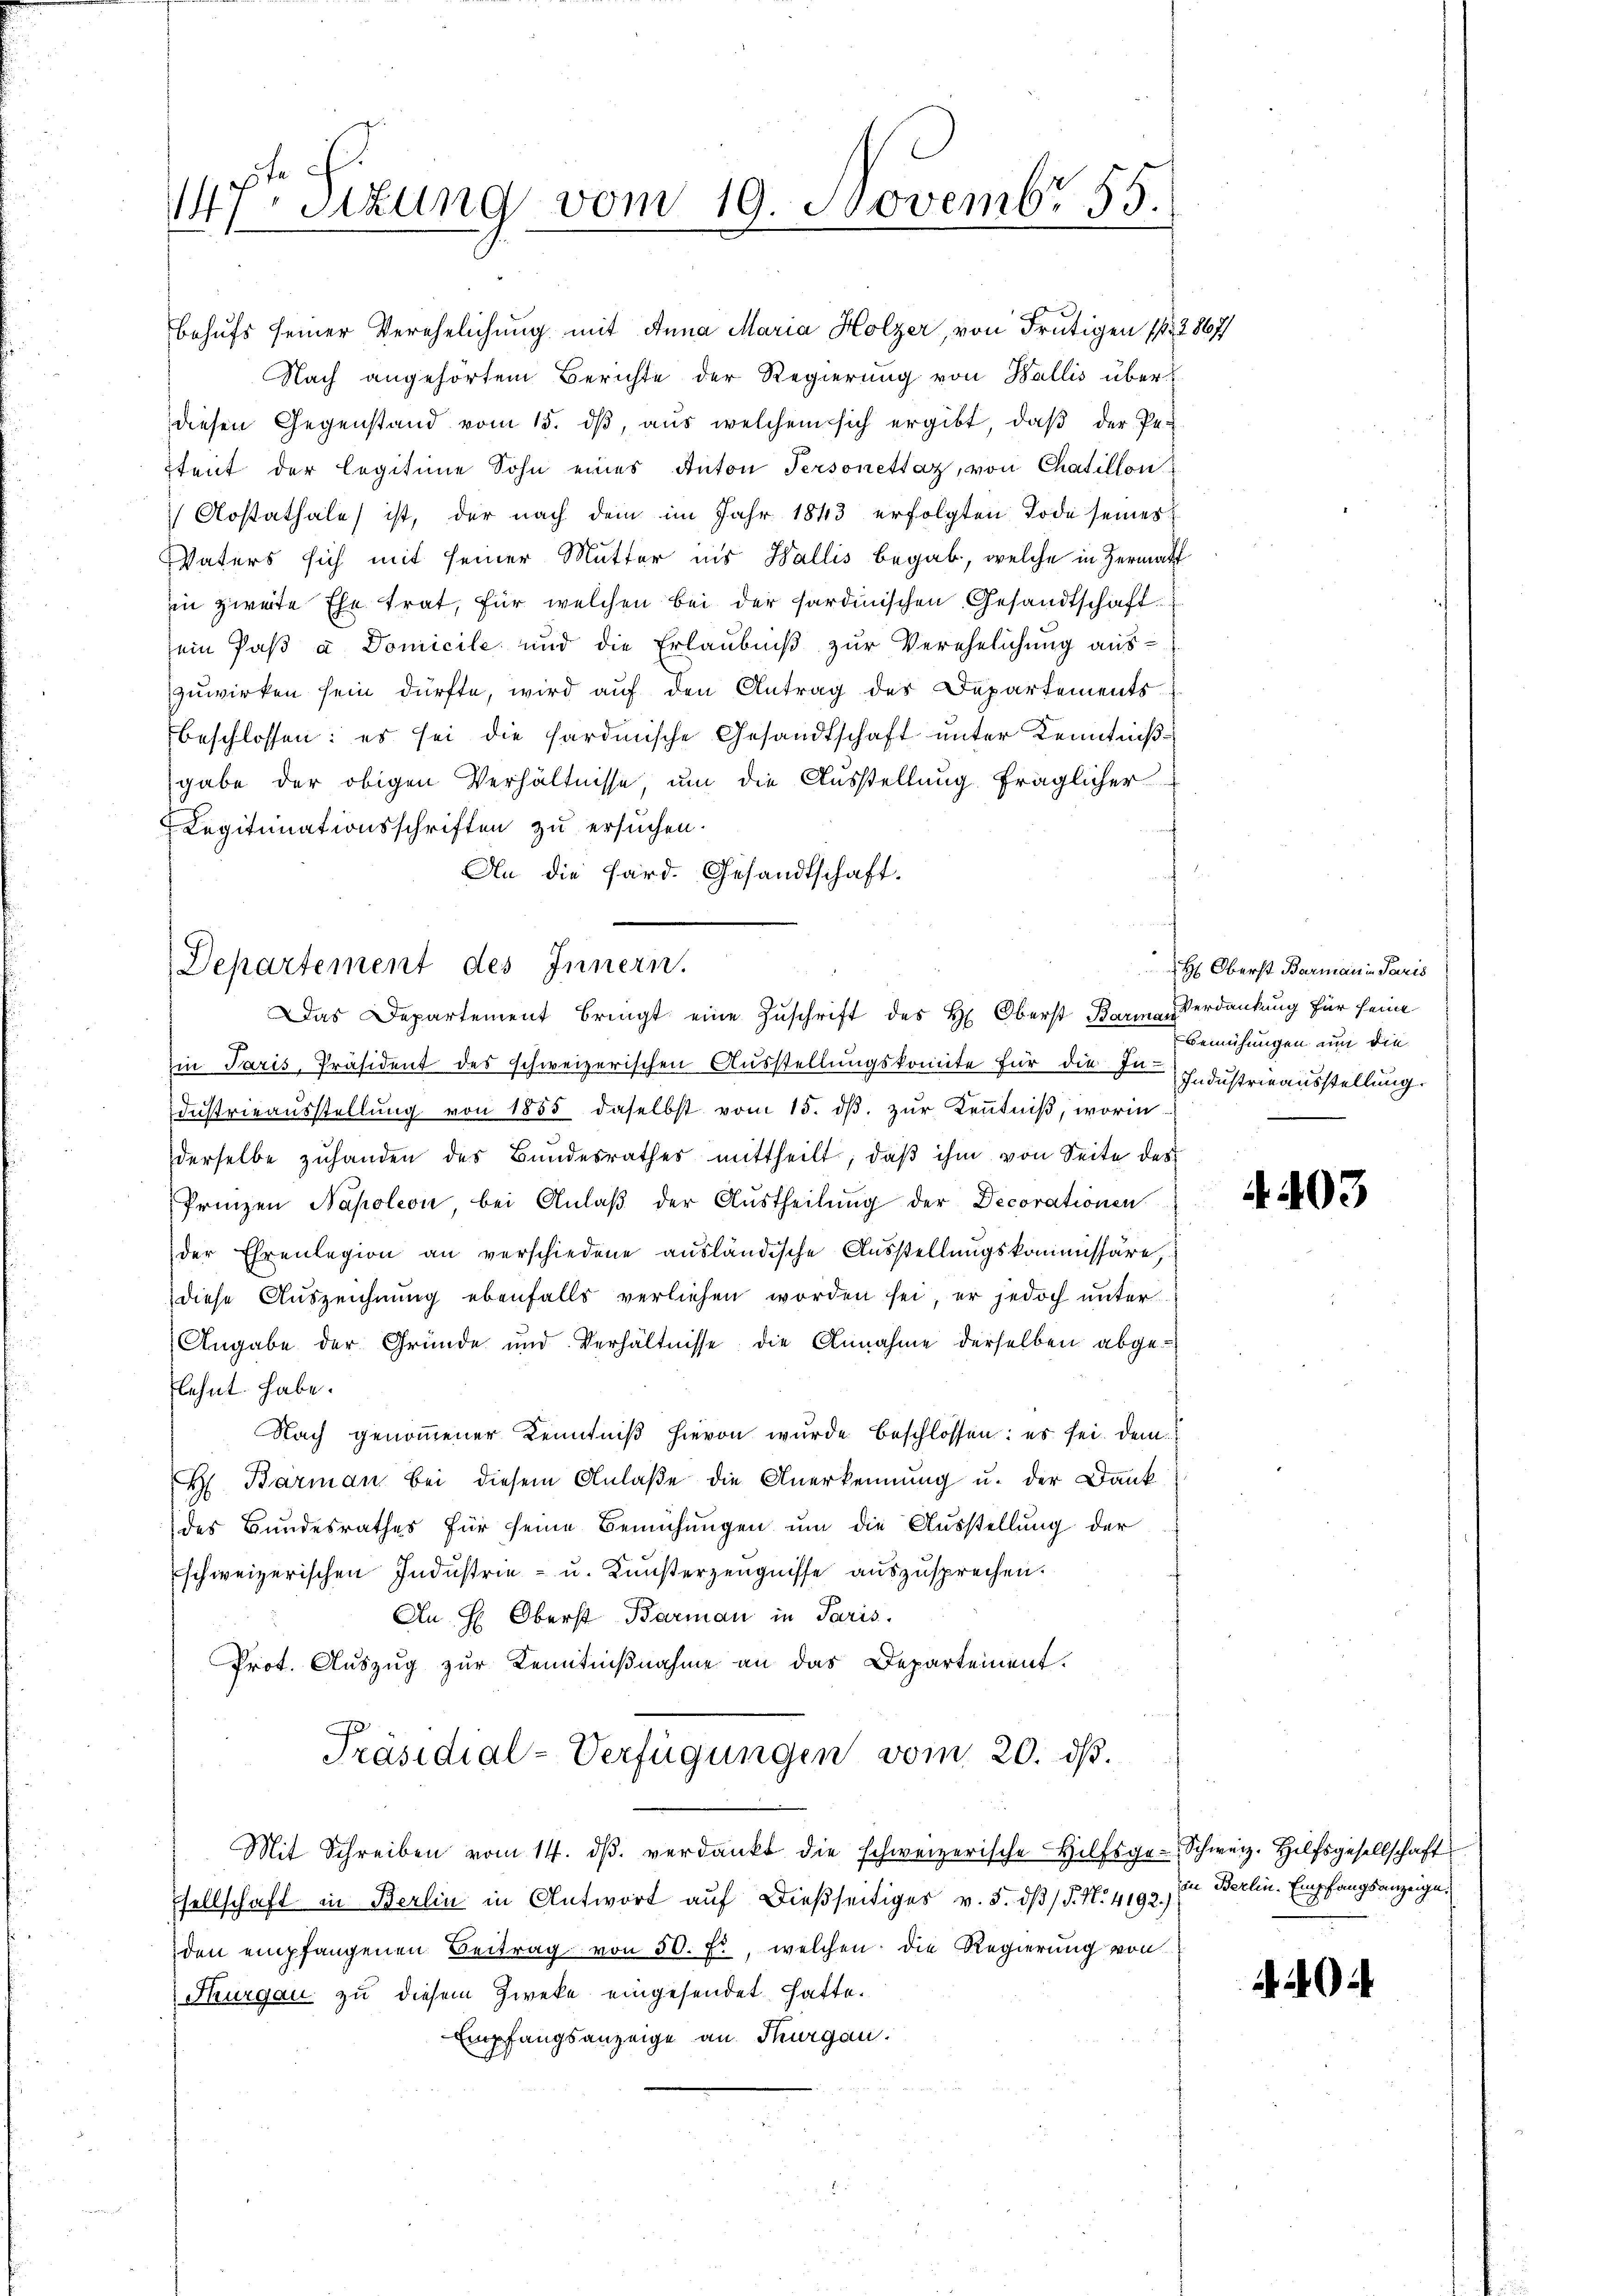
Aostathale ist, der nach dem im Jahr 1843 erfolgten Tode seines
Vaters sich mit seiner Mutter ins Wallis begab, welche in Hermatf
in zweite Ehe trat, für welchen bei der sardinischen Gesandtschaft
sein Paβ a Domicile und die Erlaubniß zur Verehelichung aus-
zuwirken sein dürfte, wird auf den Antrag des Departements
beschlossen: es sei die Hardmische Gesandtschaft unter Kenntnißgabe der obigen Verhältnisse, um die Ausstellung fraglicher
Legitimationsschriften zu ersuchen.
An die Hard. Gesandtschaft.

de c
147. Sitzung vom 19. Novembr 55.
e

Behufs seiner Verehelichung mit Anna Maria Holzer, von Frutigen 1. 2867/
Nach angehörtem Berichte der Regierung von Wallis über
diesen Gegenstand vom 15. dβ, aus welchem sich ergibt, daβ der Pe¬
Stent der legitime Sohn eines Anton Personettaz, von Chaillon

Departement des Innern.
Das Departement bringt eine Zuschrift des H. Oberst Barman

Ein Paris, Präsident des schweizerischen Ausstellungskomite für die In- Industrieausstellung
dŭstrieaŭsstellŭng von 1855 daselbst vom 15. dβ zŭr Kenntniß, worin
derselbe zuhanden des Bundesrathes mittheilt, daβ ihm von Seite des
Prinzen Napoleon bei Anlaβ der Austheilung der Decorationen
der Ehrenlegion an verschiedene ausländische Ausstellungskommissäre,
diese Auszeichnung ebenfalls verliehen worden sei, er jedoch unter
Angabe der Gründe und Verhältnisse die Annahme derselben abgeflehnt habe.
Nach genommener Kenntniß hievon wurde beschlossen: es sei. Dem¬
H Barman bei diesem Anlaße die Anerkennung u. der Dank
des Bundesrathes für seine Bemühungen um die Ausstellung der
schweizerischen Industrie- u. Kunsterzeugnisse auszusprechen.
An H: Oberst Barman in Paris.
Prot. Auszug zur Kenntnißnahme an das Departement.
Präsidial-Verfügungen vom 20. ds.
Mit Schreiben vom 14. dβ verdankt die schweizerische Hilfsge-Schweiz. Hilfsgesellschaft
sellschaft in Berlin in Antwort auf dießseitiges v. 5. dß (§. N. 4193. in Berlin. Empfangsanzeige
den empfangenen Beitrag von 50. f., welchen die Regierung von
Thurgau zu diesem Zweke eingesendet hatte.
Empfangsanzeige an Thurgau.

H. Oberst Barmann in Paris
Verdankung für seine
Bemühungen um die

A. 403